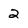
Character: 2